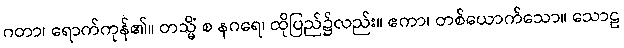
ဂတာ၊ ရောက်ကုန်၏။ တသ္မိံ စ နဂရေ၊ ထိုပြည်၌လည်း။ ဧကာ၊ တစ်ယောက်သော။ သောဠ